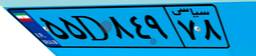
۵۵D۸۴۹۷۸